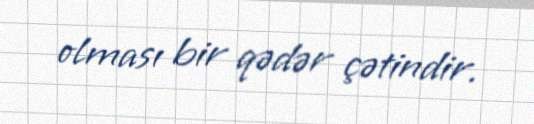
olması bir qədər çətindir.